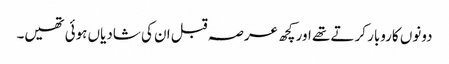
دونوں کاروبار کرتے تھے اور کچھ عرصہ قبل ان کی شادیاں ہوئی تھیں۔